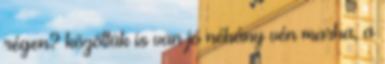
régen? közöttük is van jó néhány vén marha, a